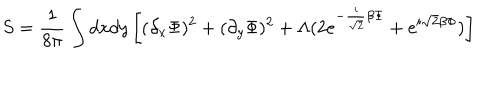
S = { \frac { 1 } { 8 \pi } } \int d x d y \left[ ( \partial _ { x } \Phi ) ^ { 2 } + ( \partial _ { y } \Phi ) ^ { 2 } + \Lambda ( 2 e ^ { - { \frac { i } { \sqrt { 2 } } } \beta \Phi } + e ^ { i \sqrt { 2 } \beta \Phi } ) \right]